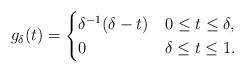
LaTeX: \begin{align*}g_{\delta}(t)=\begin{cases}\delta^{-1}(\delta-t)&0\le t \le \delta, \\0& \delta \le t \le 1.\end{cases}\end{align*}